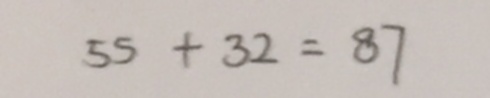
5 5 + 3 2 = 8 7